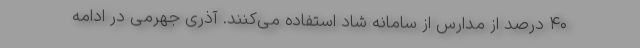
۴۰ درصد از مدارس از سامانه شاد استفاده می‌کنند. آذری جهرمی در ادامه